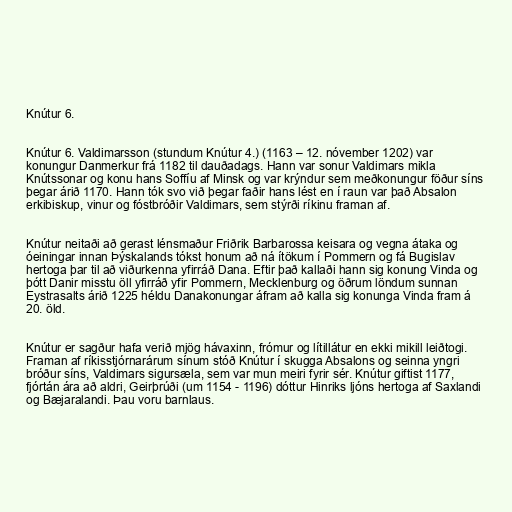
Knútur 6.

Knútur 6. Valdimarsson (stundum Knútur 4.) (1163 – 12. nóvember 1202) var
konungur Danmerkur frá 1182 til dauðadags. Hann var sonur Valdimars mikla
Knútssonar og konu hans Soffíu af Minsk og var krýndur sem meðkonungur föður síns
þegar árið 1170. Hann tók svo við þegar faðir hans lést en í raun var það Absalon
erkibiskup, vinur og fóstbróðir Valdimars, sem stýrði ríkinu framan af.

Knútur neitaði að gerast lénsmaður Friðrik Barbarossa keisara og vegna átaka og
óeiningar innan Þýskalands tókst honum að ná ítökum í Pommern og fá Bugislav
hertoga þar til að viðurkenna yfirráð Dana. Eftir það kallaði hann sig konung Vinda og
þótt Danir misstu öll yfirráð yfir Pommern, Mecklenburg og öðrum löndum sunnan
Eystrasalts árið 1225 héldu Danakonungar áfram að kalla sig konunga Vinda fram á
20. öld.

Knútur er sagður hafa verið mjög hávaxinn, frómur og lítillátur en ekki mikill leiðtogi.
Framan af ríkisstjórnarárum sínum stóð Knútur í skugga Absalons og seinna yngri
bróður síns, Valdimars sigursæla, sem var mun meiri fyrir sér. Knútur giftist 1177,
fjórtán ára að aldri, Geirþrúði (um 1154 - 1196) dóttur Hinriks ljóns hertoga af Saxlandi
og Bæjaralandi. Þau voru barnlaus.